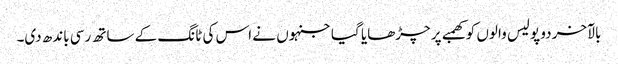
بالآخر دو پولیس والوں کو کھمبے پر چڑھایا گیا جنہوں نے اس کی ٹانگ کے ساتھ رسی باندھ دی۔